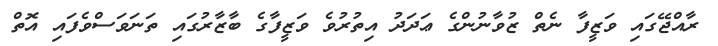
ރާއްޖޭގައި ވަޒީފާ ނެތް ޒުވާނުންގެ ޢަދަދު އިތުރުވެ ވަޒީފާގެ ބާޒާރުގައި ތަނަވަސްވެފައި އޮތް